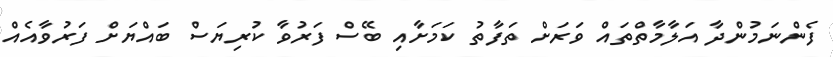
ފެންނަމުންދާ އަލާމާތްތައް ވަރަށް ތަފާތު ކަމަށާއިި ބޭސް ފަރުވާ ކުރިޔަސް ބައްޔަށް ފަރުވާއެއް